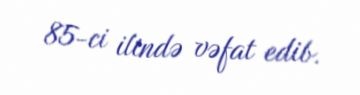
85-ci ilində vəfat edib.